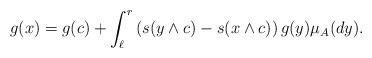
LaTeX: \begin{align*}g(x)=g(c)+\int_{\ell}^r\left(s(y\wedge c)-s(x\wedge c)\right) g(y)\mu_A(dy).\end{align*}